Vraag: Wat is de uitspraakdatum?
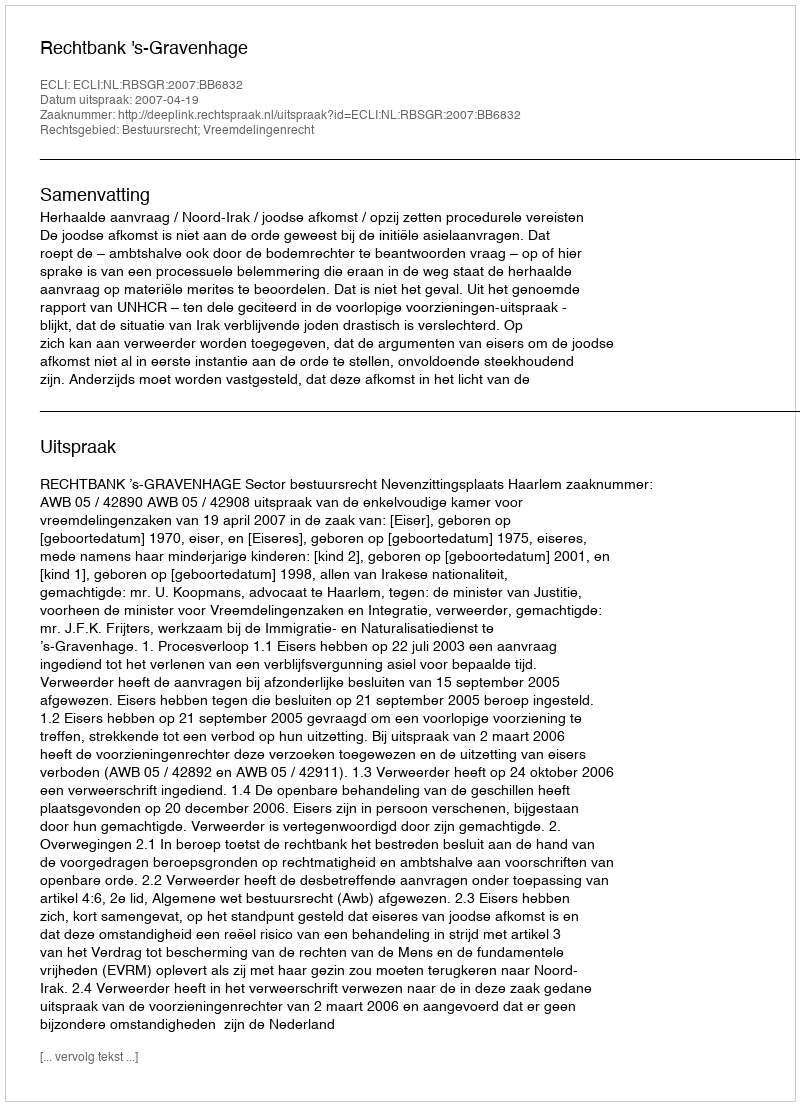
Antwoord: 2007-04-19